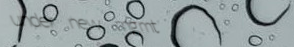
under new mgmt